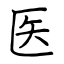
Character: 医